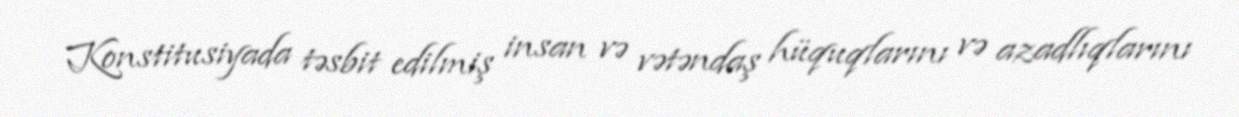
Konstitusiyada təsbit edilmiş insan və vətəndaş hüquqlarını və azadlıqlarını